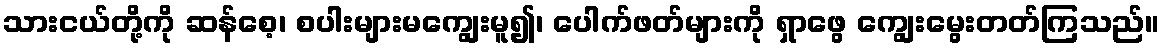
သားငယ်တို့ကို ဆန်စေ့၊ စပါးများမကျွေးမူ၍၊ ပေါက်ဖတ်များကို ရှာဖွေ ကျွေးမွေးတတ်ကြသည်။